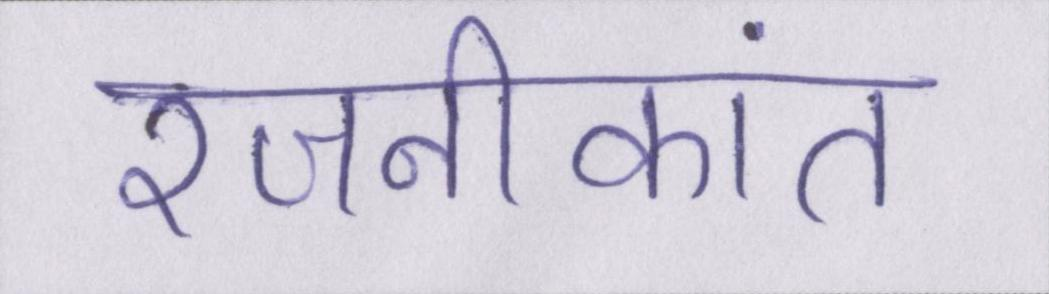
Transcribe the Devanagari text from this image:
रजनीकांत